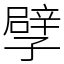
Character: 孹